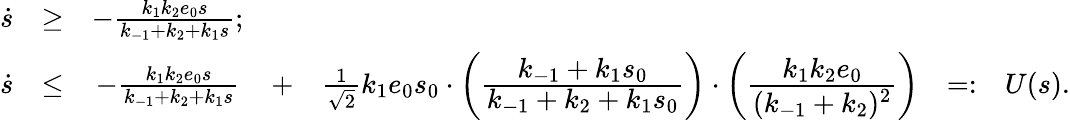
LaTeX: \begin{array}{rcccccl}{\dot{s}}&{\geq}&{-\frac{k_{1}k_{2}e_{0}s}{k_{-1}+k_{2}+k_{1}s};}&&&&\\ {\dot{s}}&{\leq}&{-\frac{k_{1}k_{2}e_{0}s}{k_{-1}+k_{2}+k_{1}s}}&{+}&{\frac{1}{\sqrt{2}}k_{1}e_{0}s_{0}\cdot\bigg(\cfrac{k_{-1}+k_{1}s_{0}}{k_{-1}+k_{2}+k_{1}s_{0}}\bigg)\cdot\bigg(\cfrac{k_{1}k_{2}e_{0}}{(k_{-1}+k_{2})^{2}}\bigg)}&{=:}&{U(s).}\end{array}